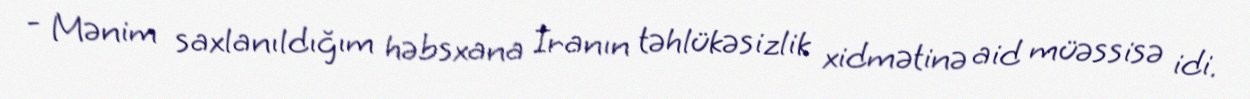
- Mənim saxlanıldığım həbsxana İranın təhlükəsizlik xidmətinə aid müəssisə idi.